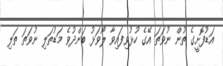
އަޑުފޮށީގެ ތުން ނުވަތަ އޭގެ ހުޅުވިފައިވާ ލޯވަޅު ބަންދުވެ މަޑުތަލި ނުވަތަ ތަލި